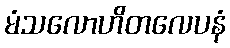
မံသလောဟိတလေပနံ